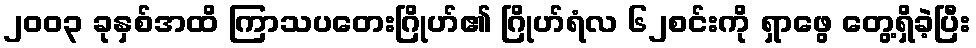
၂၀၀၃ ခုနှစ်အထိ ကြာသပတေးဂြိုဟ်၏ ဂြိုဟ်ရံလ ၆၂စင်းကို ရှာဖွေ တွေ့ရှိခဲ့ပြီး